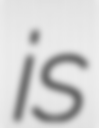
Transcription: is